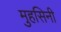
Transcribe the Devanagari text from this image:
मुहसिनी